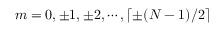
m = 0 , \pm 1 , \pm 2 , \cdots , \lceil \pm ( N - 1 ) / 2 \rceil